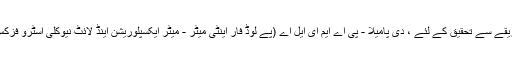
قدرتی طور پر پائے جانے والی ضد مادّہ کی منظم طریقے سے تحقیق کے لئے ، دی پامیلا - پی اے ایم ای ایل اے (پے لوڈ فار اینٹی میٹر - میٹر ایکسپلوریشن اینڈ لائٹ نیوکلی اسٹرو فزکس) مصنوعی سیارچہ ٢٠٠٦ء میں مدار میں چھوڑا گیا۔